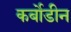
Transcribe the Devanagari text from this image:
कर्बोडीन